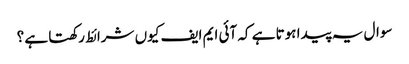
سوال یہ پیدا ہوتا ہے کہ آئی ایم ایف کیوں شرائط رکھتا ہے ؟